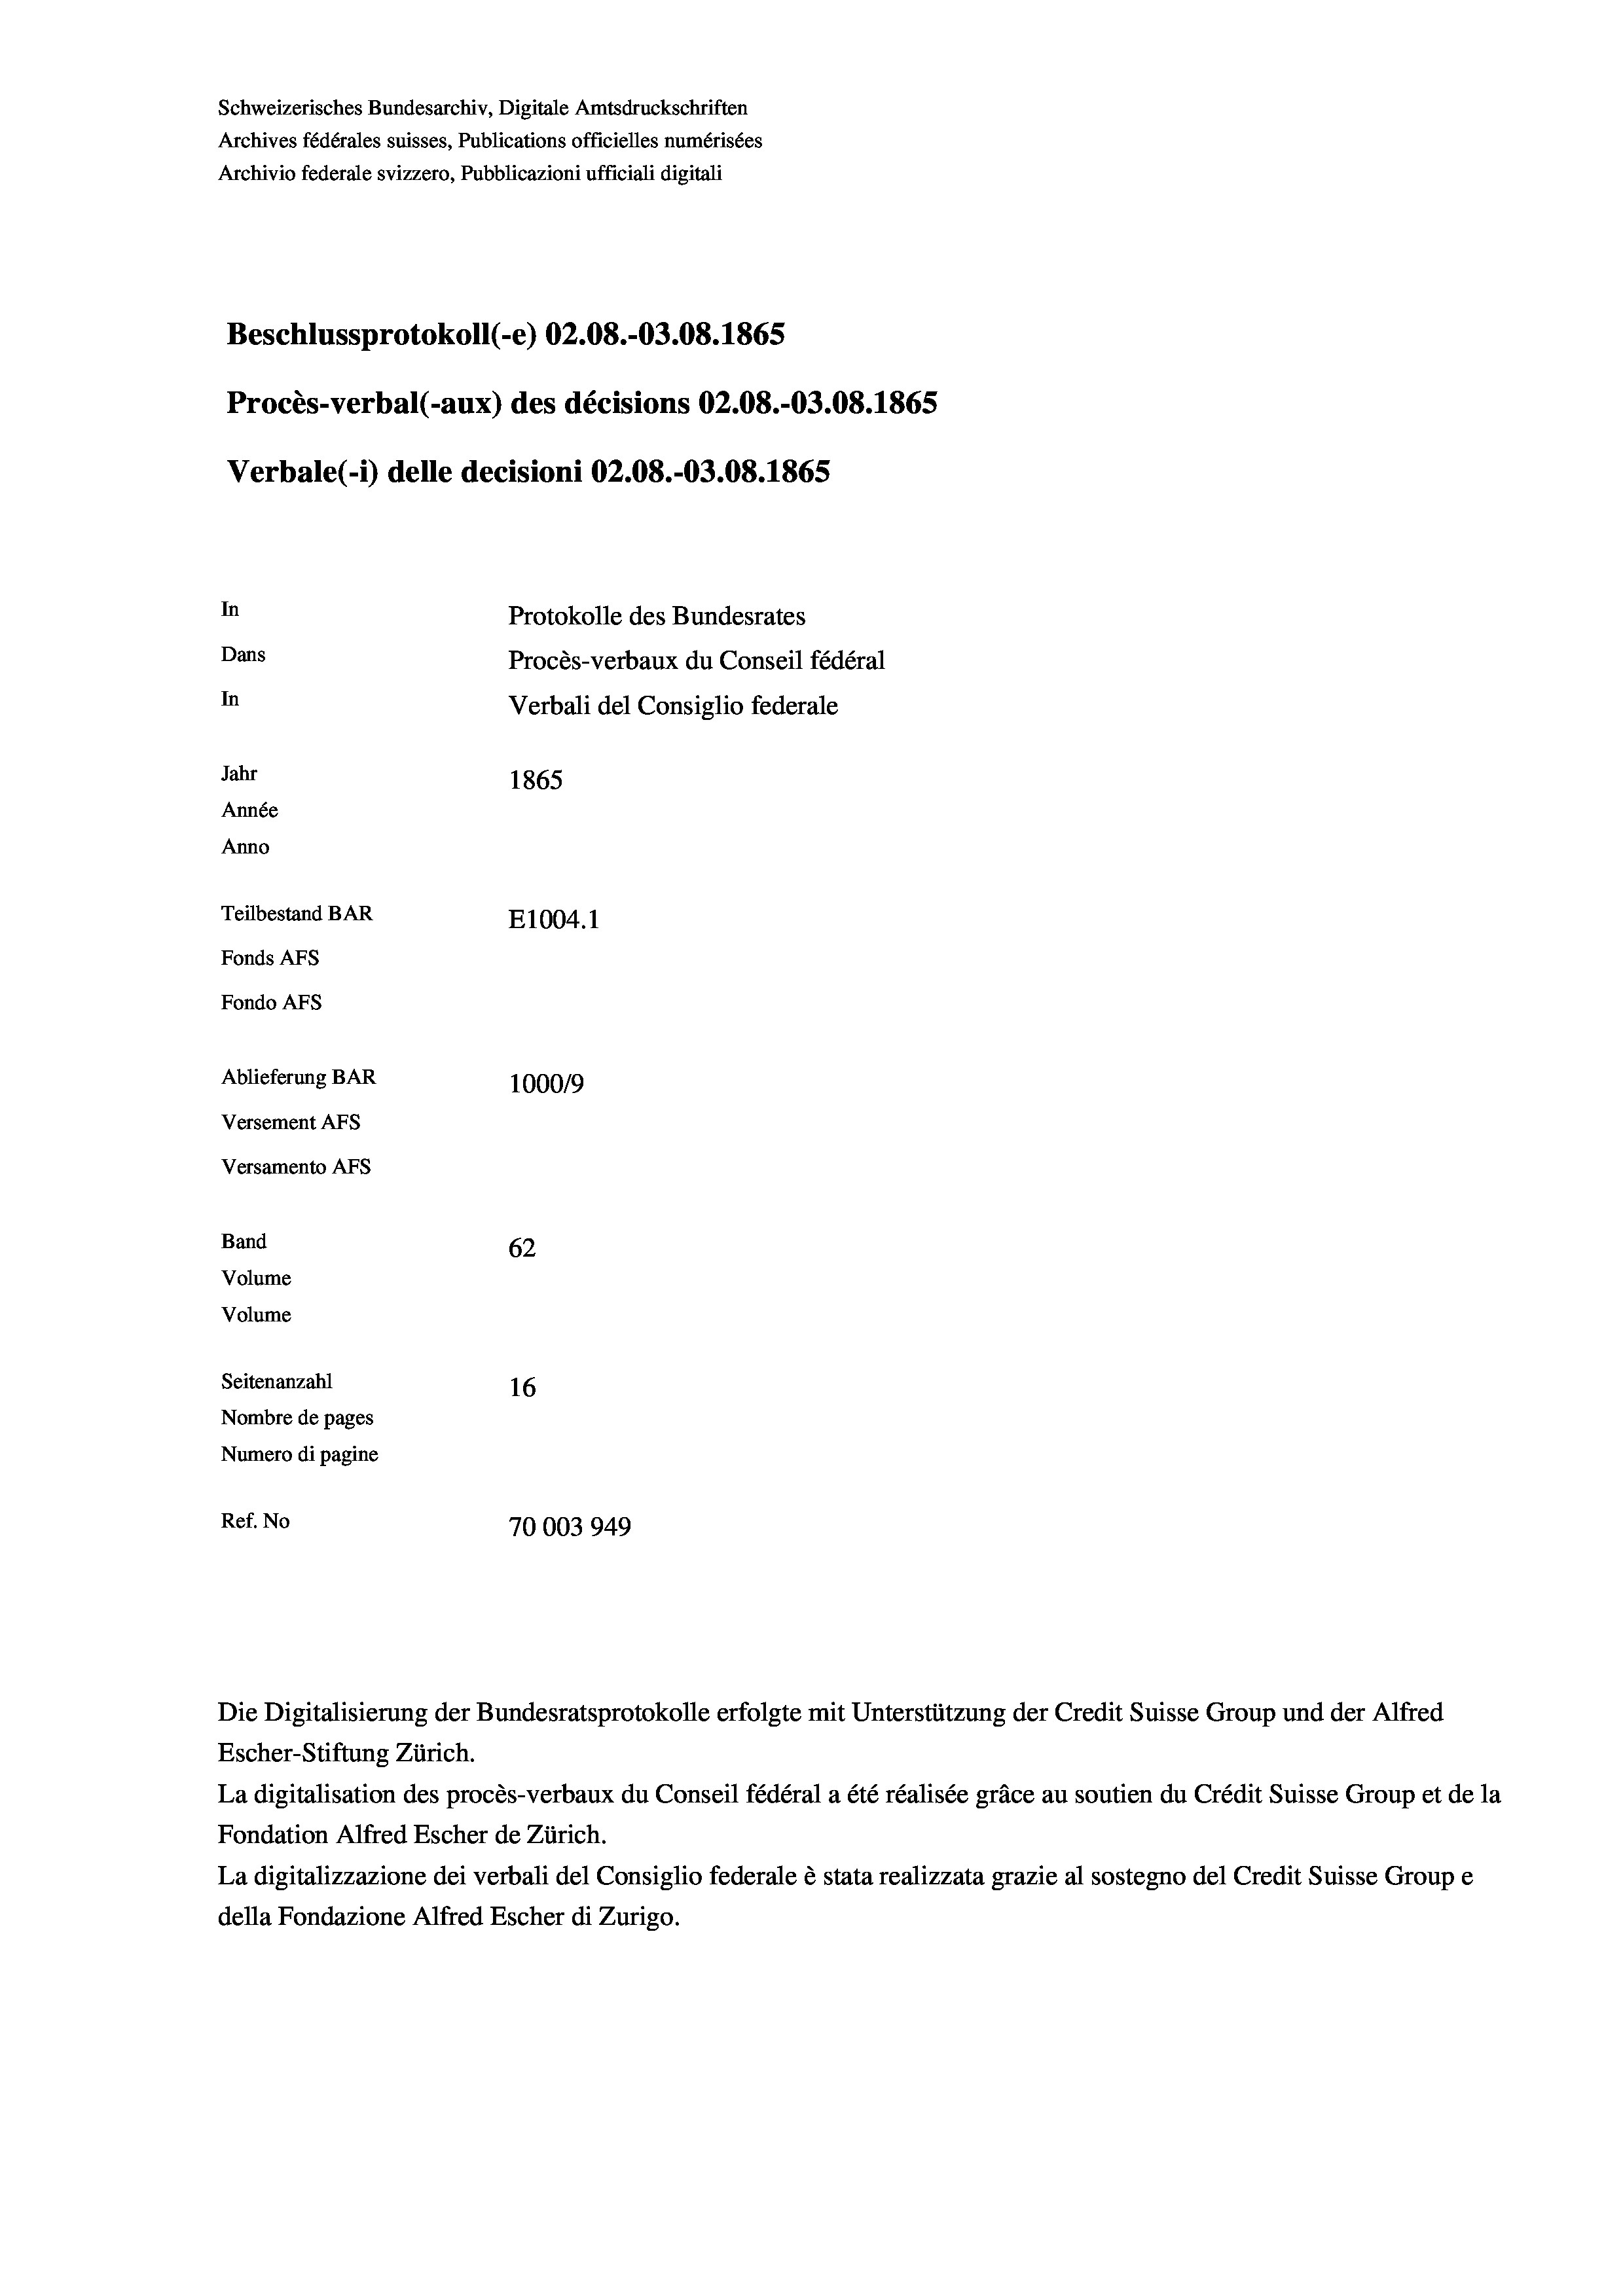
Schweizerisches Bundesarchiv, Digitale Amtsdruckschriften
Archives fédérales suisses, Publications officielles numérisées
Archivio federale svizzero, Pubblicazioni ufficiali digitali
Beschlussprotokoll (-e) 02.08.-03.08. 1865
Procès-verbal (-aux) des décisions 02.08.-03.08. 1865
Verbale (- 1) delle decisioni 02.08.-03.08. 1865
In
Protokolle des Bundesrates
Dans
Procès-verbaux du Conseil fédéral
In
Verbali del Consiglio federale
Jahr
1865
Année
Anno
Teilbestand BAR
E1004.1
Fonds AFs
Fondo AFS
Ablieferung BAR
100019
Versement AFs
Versamento AFs
Band
62
Volume
Volume
Seitenanzahl
16
Nombre de pages
Numero di pagine
Ref. No
70003949

Escher-Stiftung Zürich.
La digitalisation des procès-verbaux du Conseil fédéral a été réalisée gräce au soutien du Crédit Suisse Group et de la
Fondation Alfred Escher de Zürich.
La digitalizzazione dei verbali del Consiglio federale è stata realizzata grazie al sostegno del Credit Suisse Groupe
della Fondazione Alfred Escher di Zurigo.

Die Digitalisierung der Bundesratsprotokolle erfolgte mit Unterstützung der Credit Suisse Group und der Alfred